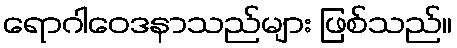
ရောဂါဝေဒနာသည်များ ဖြစ်သည်။